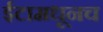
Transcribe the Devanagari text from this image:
ईटामधूनच